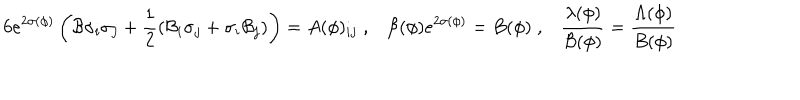
LaTeX: 6 e ^ { 2 \sigma ( \phi ) } \left( { \cal B } \sigma _ { i } \sigma _ { j } + \frac { 1 } { 2 } \left( { \cal B } _ { i } \sigma _ { j } + \sigma _ { i } { \cal B } _ { j } \right) \right) = A ( \phi ) _ { i j } \; , { \cal B } ( \phi ) e ^ { 2 \sigma ( \phi ) } = B ( \phi ) \; , \frac { \lambda ( \phi ) } { { \cal B } ( \phi ) } = \frac { \Lambda ( \phi ) } { B ( \phi ) }